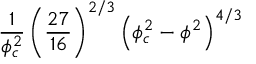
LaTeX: \frac { 1 } { \phi _ { c } ^ { 2 } } \left( \frac { 2 7 } { 1 6 } \right) ^ { 2 / 3 } \left( \phi _ { c } ^ { 2 } - \phi ^ { 2 } \right) ^ { 4 / 3 }